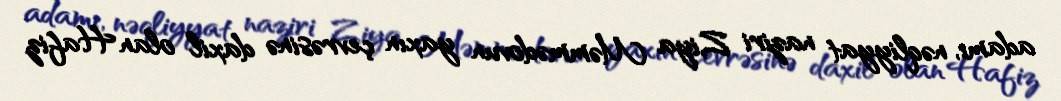
adamı, nəqliyyat naziri Ziya Məmmədovun yaxın çevrəsinə daxil olan Hafiz